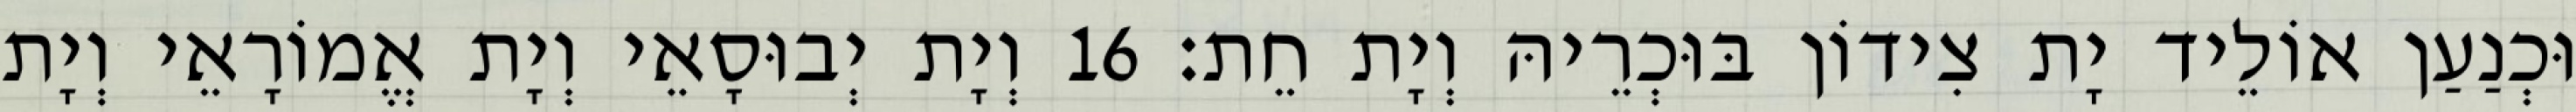
וּכְנַעַן אוֹלֵיד יָת צִידוֹן בּוּכְרֵיהּ וְיָת חֵת׃ 16 וְיָת יְבוּסָאֵי וְיָת אֱמוֹרָאֵי וְיָת